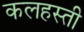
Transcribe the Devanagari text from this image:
कलहस्ती